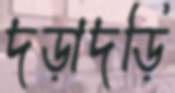
দড়াদড়ি